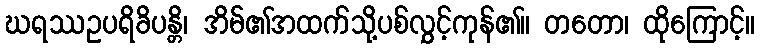
ဃရဿဥပရိခိပန္တိ၊ အိမ်၏အထက်သို့ပစ်လွှင့်ကုန်၏။ တတော၊ ထိုကြောင့်။